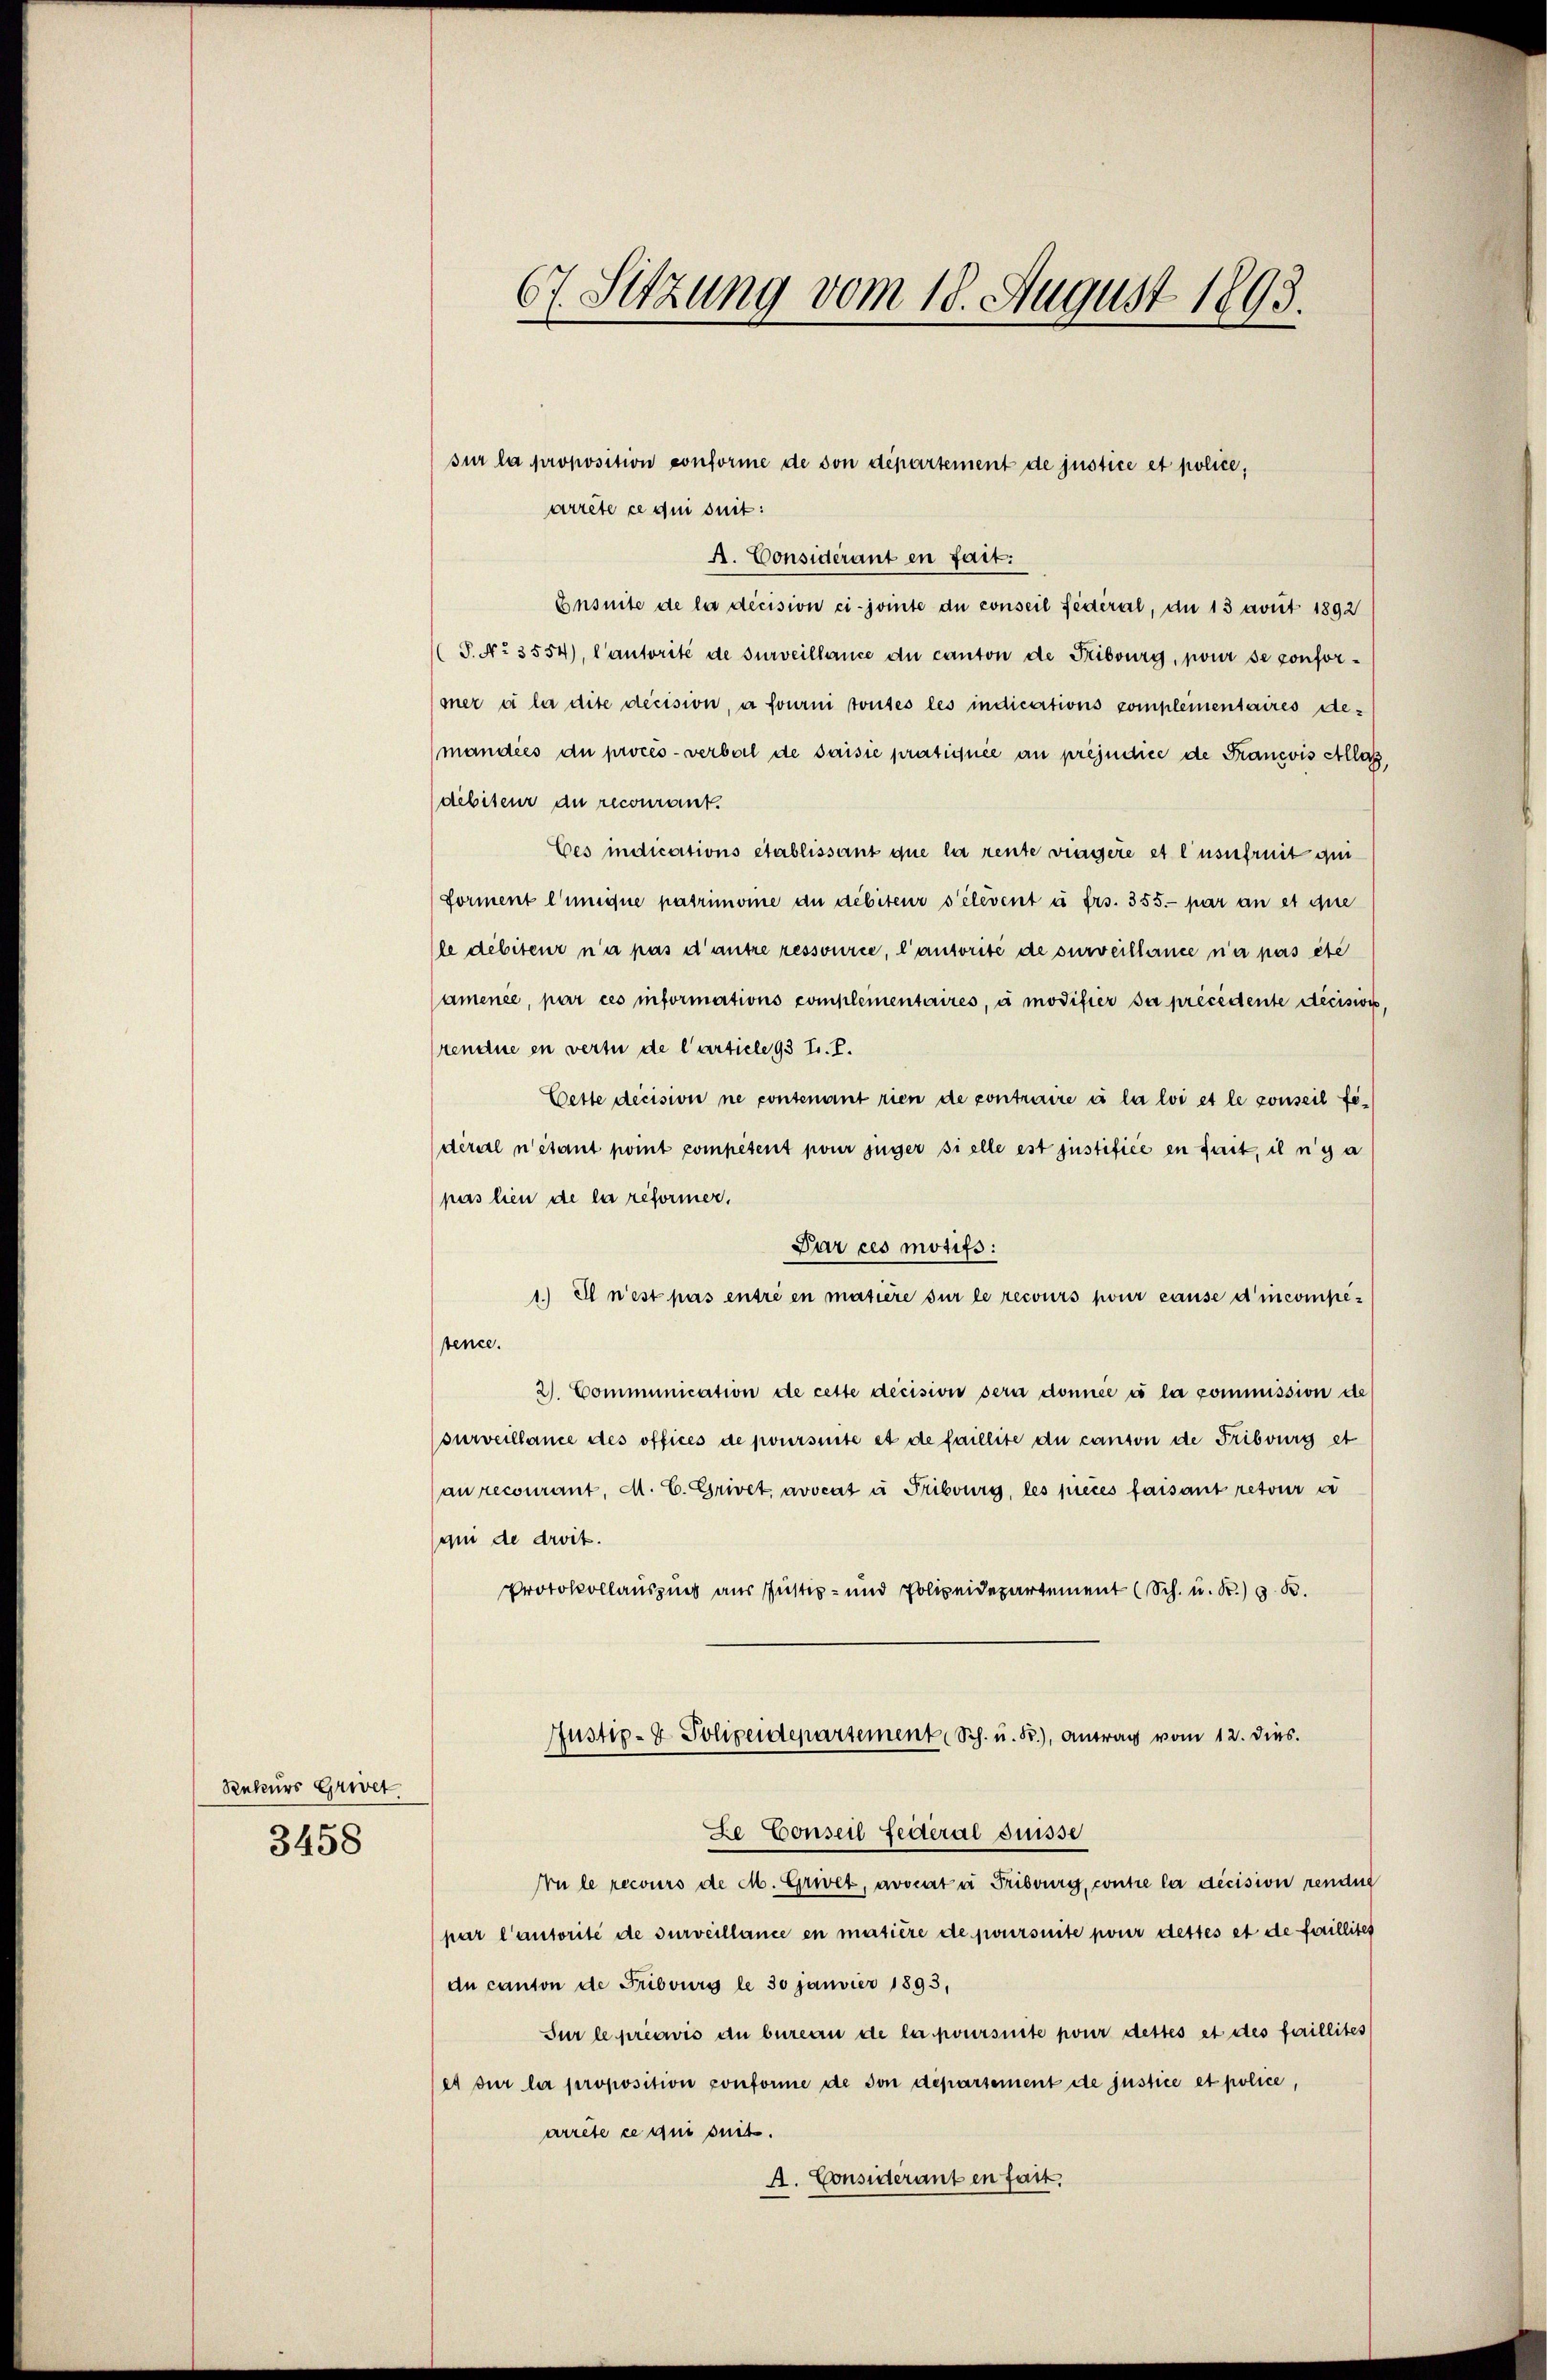
Rekurs Griet
3458

67. Sitzung vom 18. August 1893.

sur la proposition conforme de von département de justice et police,
arrete ce qui suit:
A. Considerant en fait:
Ensuite de la décision ci-jointe du conseil fédéral, du 13 avut 1892
P. Nr. 3554), Cantorité de surveillance du canton de Fribourg, pour se conformer a la dite decision, à fourni toutes les indications complementaires demandées du procès-verbal de saisie pratiquée au préjudice de Francois Allas
debiteur du recourant.
Ces indications établissant que la rente viagère et l’usufruit qui
forment l’unique patrimonie du débiteur s’élevent à frs. 355. par an et que
le débiteur n’a pas d’autre ressource, l’autorité de surveillance a pas etc
amence, par ces informations compleinentaires, à modifier sa précédente deciswis,
rendue en vertu de l’article 93 tr. T.
Cette decision ne contenant rien de contraire is la loi et le conseil fedéral n’étant pont competent pour füger si elle est justifice en fait, il n’y a
pas lien de la reformer.
Par ces motifs:
1. Il n’est pas entré en matière sur le recours pour cause d’incompetence.
2. Communication de cette decision sera donnée à la commission de
surveillance des offices de poursinte et de faillite du canton de Fribourg et
an recourant. M. C. Grivet avocat à Fribourg, les pièces faisant retour a
qui de droit.
Protokollauszug aus Justiz- und Polizeidepartement (Sch. u. S. z. B.
Justip-7. Polizeidepartement Sch. u. Fr.), Antrag vom 12. dies.
ze Conseil Federal Suisse
Nu le recours de M. Grivet, avocata Fribourg, contre la décision renant
par l’autorité de surveillance en matière de joursuite pour dettes et de faillites
du canton de Fribours le 30 Janvier 1893,
Sur le préavis du bureau de la poursuite pour dettes et des faillites
et sur le proposition conforme de son departement de justice et police,
arrête ce qui seits
A. Considerant en fast.